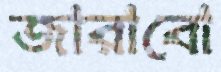
জারাবো